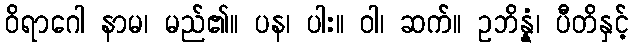
ဝိရာဂေါ နာမ၊ မည်၏။ ပန၊ ပါး။ ဝါ၊ ဆက်။ ဥဘိန္နံ၊ ပီတိနှင့်